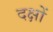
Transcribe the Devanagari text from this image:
दक्षों